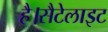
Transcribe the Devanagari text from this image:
है।सैटेलाइट